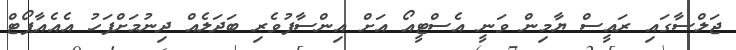
ޖަލްސާގައި ރައީސް ޔާމިން ވަނީ އެސްޓީއޯ އަށް އިންސާފުވެރި ބަދަލެއް ދިނުމަށްފަހު އެއެއާޕޯޓް